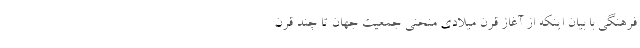
فرهنگی با بیان اینکه از آغاز قرن میلادی منحنی جمعیت جهان تا چند قرن